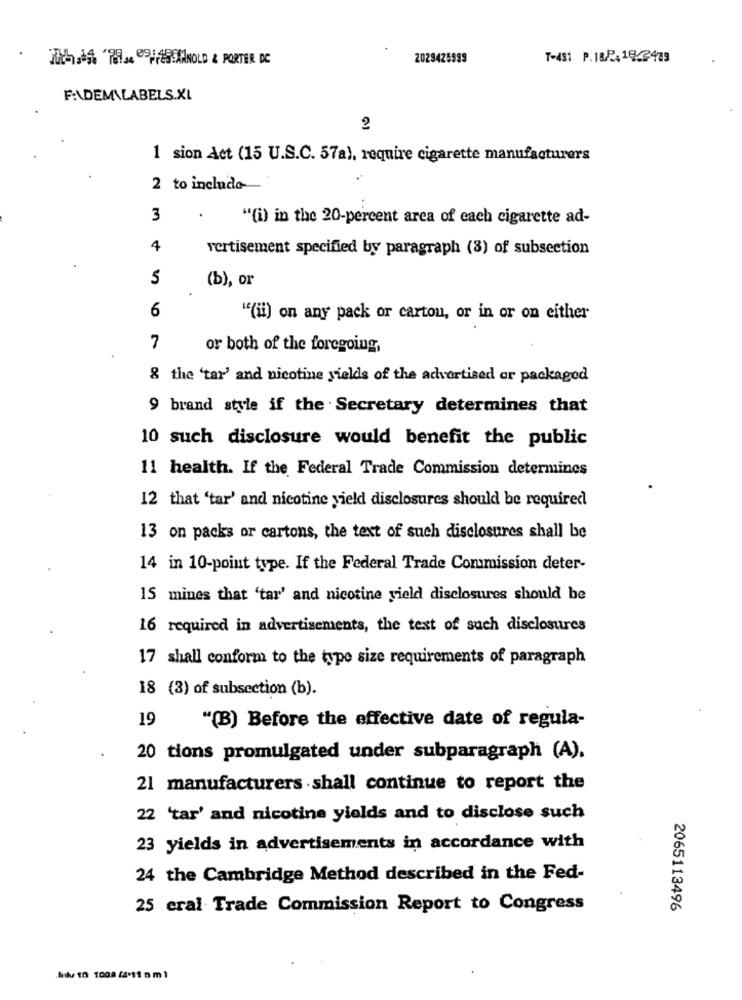
TRAJA 'TEM PSISSNANOLD & PORTER DC
2029425999
T-431 P.18/241922489
F:\DEM\LABELS.XL
2
1 sion Act (15 U.S.C. 57a), require cigarette manufacturers
2 to include
3
"(i) in the 20-percent area of each cigarette ad-
4
vertisement specified by paragraph (3) of subsection
5
(b), or
6
"(ii) on any pack or cartou, or in or on either
7
or both of the foregoing,
8 the 'tar' and nicotine yields of the advertised or packaged
9 brand style if the Secretary determines that
10 such disclosure would benefit the public
11 health. If the Federal Trade Commission determines
12 that 'tar' and nicotine yield disclosures should be required
13 on packs or cartons, the text of such disclosures shall be
14 in 10-point type. If the Federal Trade Commission deter-
15 mines that 'tar' and nicotine yield disclosures should be
16 required in advertisements, the text of sach disclosures
17 shall conform to the type size requirements of paragraph
18 (3) of subsection (b).
19
"(B) Before the effective date of regula-
20 tions promulgated under subparagraph (A).
21 manufacturers shall continue to report the
22 'tar' and nicotine yields and to disclose such
23 yields in advertisements in accordance with
24 the Cambridge Method described in the Fed-
25 eral Trade Commission Report to Congress
2065113496
Ink/ 10 1008 /4'11 0 m )